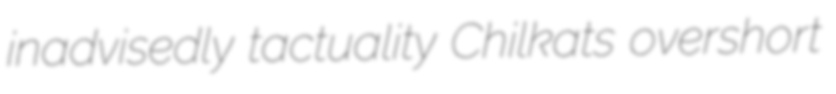
inadvisedly tactuality Chilkats overshort